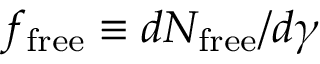
f _ { \mathrm { f r e e } } \equiv d N _ { \mathrm { f r e e } } / d \gamma